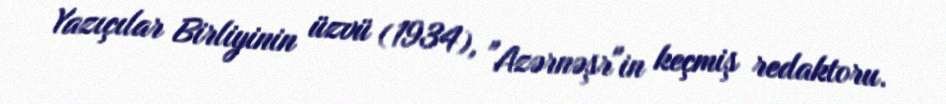
Yazıçılar Birliyinin üzvü (1934), "Azərnəşr"in keçmiş redaktoru.